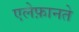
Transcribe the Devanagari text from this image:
एलेफ़ानते